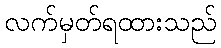
လက်မှတ်ရထားသည်